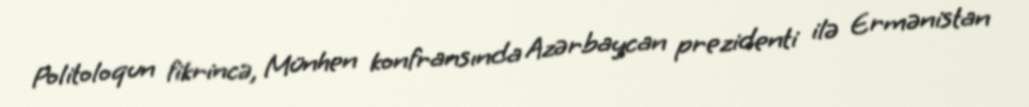
Politoloqun fikrincə, Münhen konfransında Azərbaycan prezidenti ilə Ermənistan